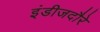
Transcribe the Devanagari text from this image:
इंडीजदौरे